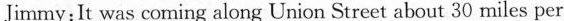
Jimmy:It was coming along Union Street about 30 miles per